Annual report of the Punjab Veterinary College and of the Civil Veterinary Department, Punjab - 1909-1919
Year: 1909
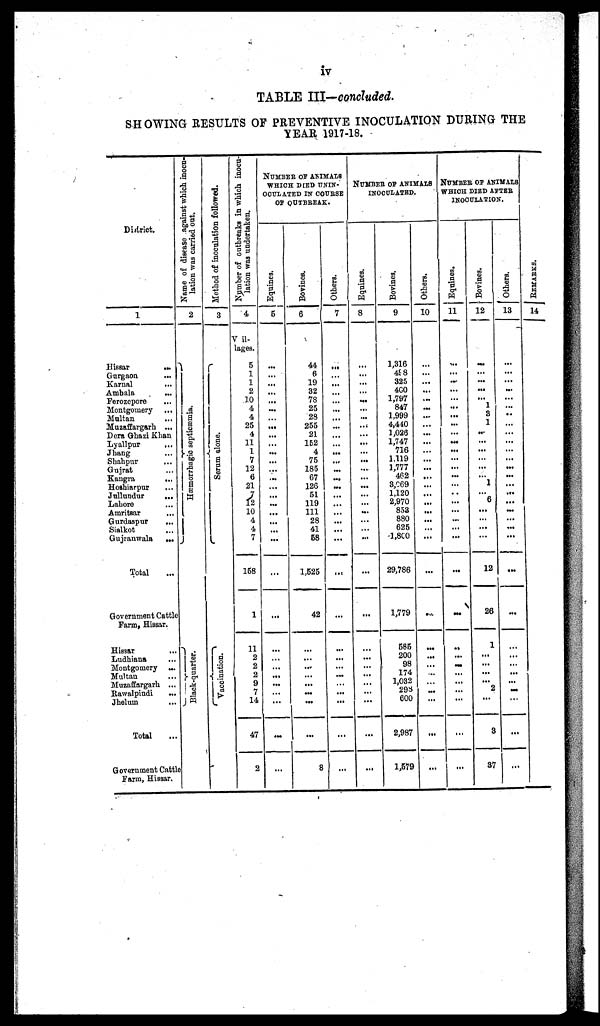
iv
TABLE III—concluded.
SHOWING RESULTS OF PREVENTIVE INOCULATION DURING THE
YEAR 1917-18.
District.
1
Hissar
...
Gurgaon ...
Karnal ...
Ambala ...
Ferozepore ...
Montgomery ...
Multan ...
Muzaffargarh ...
Dera Ghazi Khan
Lyallpur
...
Jhang ...
Shahpur ...
Gujrat ...
Kangra ...
Hoshiarpur ...
Jullundur ...
Lahore ...
Amritsar ...
Gurdaspur ...
Sialkot ...
Gujranwala
...
Total ...
Government Cattle
Farm, Hissar.
Hissar ...
Ludhiana ...
Montgomery ...
Multan ...
Muzaffargarh ...
Rawalpindi ...
Jhelum ...
Total ...
Government Cattle
Farm, Hissar.
Name of disease against which inocu¬
lation was carried out.
2
Hæmorrhagic septicæmia.
Black-quarter.
Method of inoculation followed.
3
Se r
um alone.
Vaccination.
Number of outbreaks in which inocu-
lation was undertaken.
4
Vil¬
lages.
5
1
1
2
10
4
4
25
4
11
1
7
12
6
21
7
12
10
4
4
7
158
1
11
2
2
2
9
7
14
47
2
NUMBER OF ANIMALS
WHICH DIED UNIN¬
OCULATION IN COURSE
OF OUTBREAK.
Equines.
5
...
...
...
...
...
...
...
...
...
...
...
...
...
...
...
...
...
...
...
...
...
...
...
...
...
...
... ...
...
...
...
Bovines.
6
44
6
19
32
78
25
23
255
21
162
4
75
185
67
126
51
119
111
28
41
68
1,525
42
...
...
...
...
...
... ...
...
8
Others.
7
...
...
...
...
...
...
...
...
...
...
...
...
...
...
...
...
...
...
...
...
...
...
...
...
...
...
...
... ...
...
...
...
NUMBER OF ANIMALS
INOCULATED.
Equines.
8
...
...
...
...
...
...
...
...
...
...
...
...
...
...
...
...
...
...
...
...
...
...
...
...
...
...
...
... ...
...
...
...
Bovines.
9
1,316
498
325
400
1,797
847
1,999
4,440
1,026
1,747
716
1,119
1,777
462
8,069
1,120
2,970
858
880
625
1.800
29,786
1,779
585
200
98
174 1,032
298
600
2,987
1,579
Others.
10
...
...
...
...
...
...
...
...
...
...
... ...
...
...
...
...
...
...
...
...
...
...
...
...
...
...
...
... ...
...
...
...
NUMBER OF ANIMALS
WHICH DIED AFTER
INOCULATION.
Equines.
11
...
...
...
...
...
...
...
...
... ...
...
...
...
...
...
...
...
...
...
...
...
...
...
... ...
...
...
... ...
...
...
...
Bovines.
12
...
...
...
...
...
1
8 1
...
...
...
...
...
... 1
...
6
...
...
...
...
12
26
1
...
...
...
2 ...
...
8
37
Others.
13
...
...
...
...
...
..
...
...
...
...
...
...
...
...
...
...
...
...
...
...
...
...
...
...
...
...
...
... ...
...
...
...
RE MARKS .
14